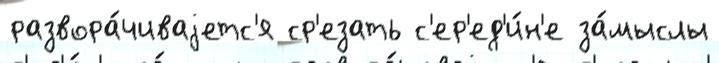
развора́чиваjетс'я ср'езать с'ер'ед'и́н'е за́мыслы